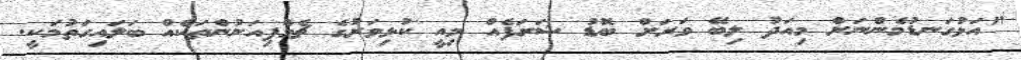
"އަޅުގަނޑުމެންނަށް މިއަދު ލިބޭ ވަރަށް ބޮޑު ޝަރަފެއް މިއީ ކުޅިވަރުގެ ޗެމްޕިއަނުންތަކެއް ބަލައިގަތުމަކީ.